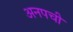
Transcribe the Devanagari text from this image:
अनपची